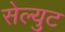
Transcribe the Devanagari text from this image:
सेल्युट